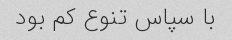
با سپاس تنوع کم بود